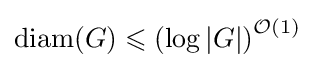
\operatorname {diam} (G)\leqslant \left(\log |G|\right)^{{\mathcal {O}}(1)}